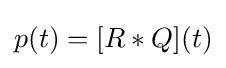
p(t)=[R*Q](t)